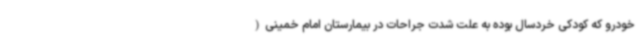
خودرو که کودکی خردسال بوده به علت شدت جراحات در بیمارستان امام خمینی(